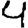
Digit: 4